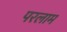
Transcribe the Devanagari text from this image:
परलाम